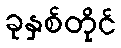
ခုနှစ်တိုင်